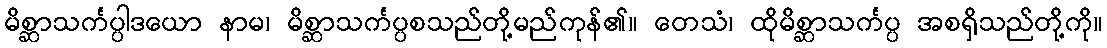
မိစ္ဆာသင်္ကပ္ပါဒယော နာမ၊ မိစ္ဆာသင်္ကပ္ပစသည်တို့မည်ကုန်၏။ တေသံ၊ ထိုမိစ္ဆာသင်္ကပ္ပ အစရှိသည်တို့ကို။